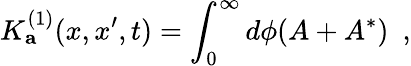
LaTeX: K_{\mathbf a}^{(1)}(x,x^{\prime},t)=\int_{0}^{\infty}d\phi(A+A^{*})~~,